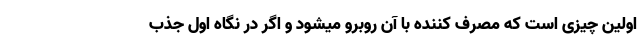
اولین چیزی است که مصرف کننده با آن روبرو میشود و اگر در نگاه اول جذب